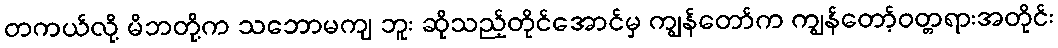
တကယ်လို့ မိဘတို့က သဘောမကျ ဘူး ဆိုသည့်တိုင်အောင်မှ ကျွန်တော်က ကျွန်တော့်ဝတ္တရားအတိုင်း